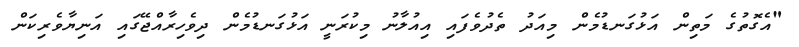
"އެގޮތުގެ މަތިން އަޅުގަނޑުމެން މިއަދު ތެދުވެފައި އިއުލާނު މިކުރަނީ އަޅުގަނޑުމެން ދިވެހިރާއްޖޭގައި އަނިޔާވެރިކަން